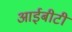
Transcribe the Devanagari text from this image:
आईबीटी